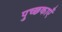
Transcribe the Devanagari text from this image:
पुच्छकाएँ